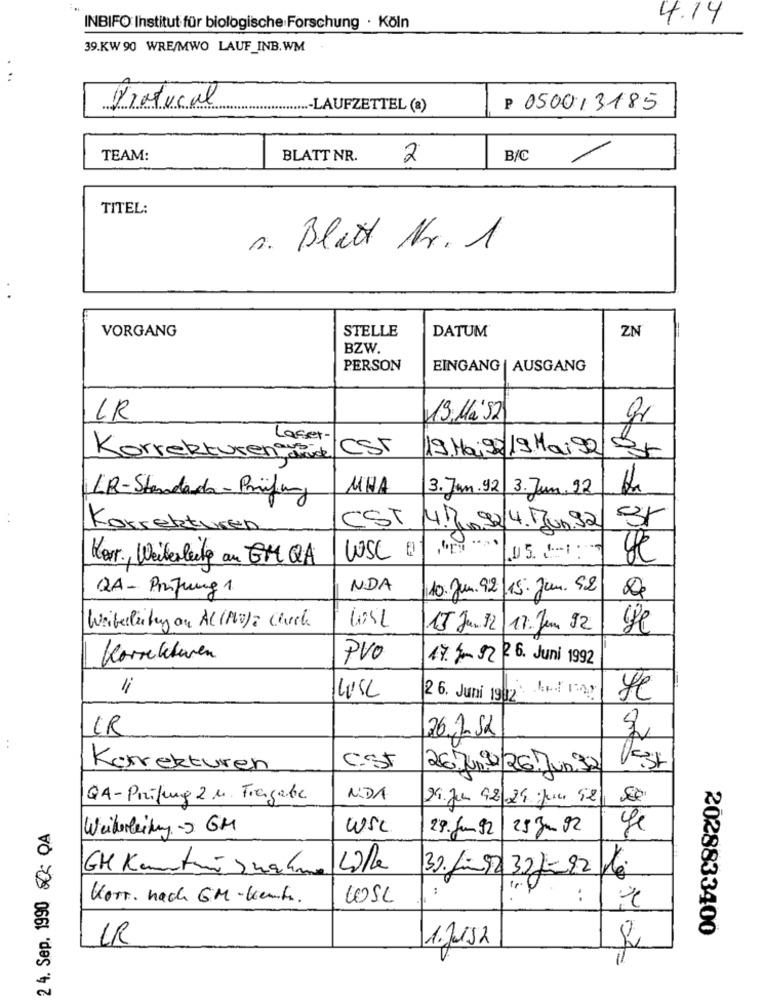
4.14
INBIFO: Institut für biologische Forschung · Köln
39.KW 90 WRE/MWO LAUF_INB.WM
..
Piatucal
.....- LAUFZETTEL (a)
P 0500/3185
TEAM:
BLATT NR.
2
B/C
/
TITEL:
1. Blatt Nr. 1
VORGANG
STELLE
DATUM
ZN
BZW
PERSON
EINGANG | AUSGANG
LR
19. Mai 52
Laser -
CST
19.Mai 92/19 Mai 92St
Korrekturen stück
MHA
3. Jan.92/3. Jun, 22
LR-Standards-Prüfung
CST
Korrekturen
4.Jun 224.Jun.92
Korr ., Weiterleite au GM QA
WSc
QA- Prüfung 1
NDA
10.Jun. 92
15. Jun. 92
Weiterleitung on AL (PV)? Check
15 Jun 12/17. Jun 92
De
Korrekturen
PVO
17.4.02 2 6. Juni 1992
LUSL
2 6. Juni 1982
Je
CR
26.1-52
Korrekturen
Cst
26.Juni/26.Jun 32
QA-Prüfung 2 M. Freigabe
NDA
Di.Jul 92 24 Juni 92
2 4. Sep. 1990 - QA
Weiterleitung-3 GM
wSc
29. Jun-92
2530.02
se
GM Kenntnisnahme
16.
30. Juni 32J=92
fr
Kort. nach GM-bent.
LOSL
:
2028833400
1. Jusa
2
il